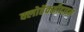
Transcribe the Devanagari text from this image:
क्लोर्हेक्सीडाइन